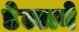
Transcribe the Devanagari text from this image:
डेल्टाने